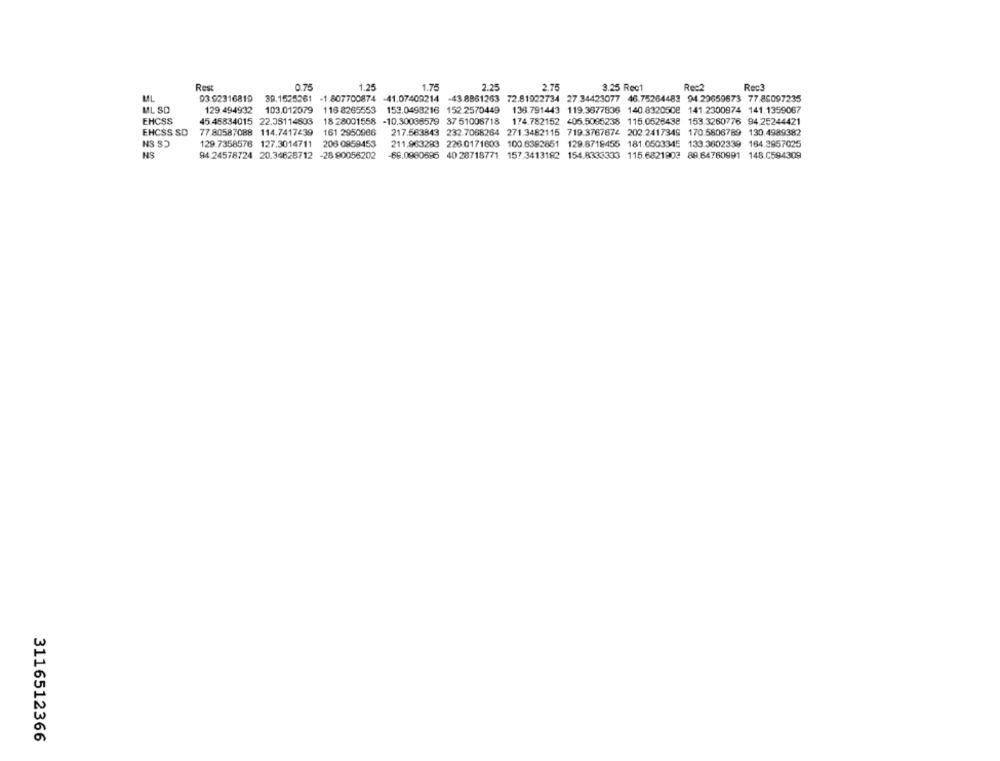
Rest
0.75
1.25
1.75
2.25
2.75
3.25 Rec1
Rec2
Rec?
MIL
03. 02316819 39.1525261 -1.807700874 -41.07409214
-43 8861263 72.81922734 27.34423077 46.75264483 94 29659673 77.86097235
ML SD
129.494932 103.012079
116 8265553
153.0498216 152 2570449 138.791443 119.3877836 140.8320508 141.2300974 141.1359087
EHCSS
45 45834015 22.05114803
18 28001558
-10.30036579 37 51006718
174.782152 405.5095238 115.0528438 153.3260776 94.25244421
EHCSS SD
77 80587088 114.7417439
161 2950986
217.563843 232 7068264 271.3482115 719.3767674 202.2417345 170.5806789 130.4989382
NS S)
129.7358576 127.3014711 206 0859453
211.963293 226 0171603 100.6392851 129.8719455 181.0503345 133.3602339 164.3957025
NS
94 24578724 20.34628712 -28 90056202
-68.0980895 40 28718771 157.3413182 154.8333333 115.6821903 88.64760991 148.0594309
3116512366